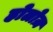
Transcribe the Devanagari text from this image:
होलोज़